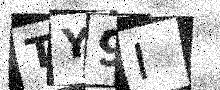
Text: TY9I